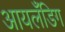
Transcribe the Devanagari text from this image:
आयलँडिग